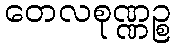
တေလစုဏ္ဏဉ္စ